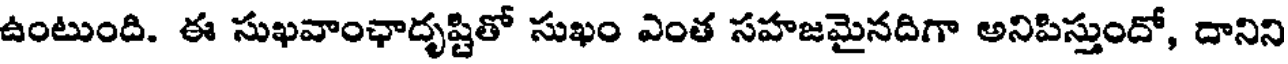
ఉంటుంది. ఈ సుఖవాంఛాదృష్టితో సుఖం ఎంత సహజమైనదిగా అనిపిస్తుందో, దానిని